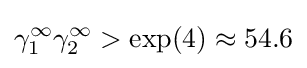
\gamma _{1}^{\infty }\gamma _{2}^{\infty }>\exp(4)\approx 54.6